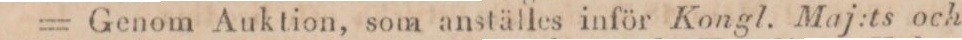
= Genom Auktion, som anställes inför Kongl. Maj:ts och